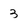
Character: 3